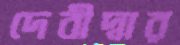
দেবীদ্বার